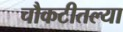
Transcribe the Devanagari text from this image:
चौकटीतल्या